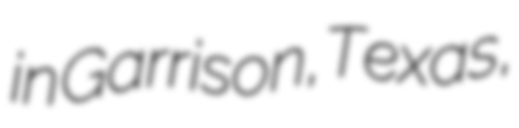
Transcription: in Garrison, Texas,